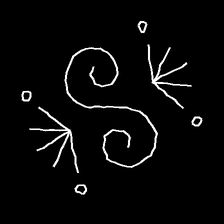
Glyph: aeroform